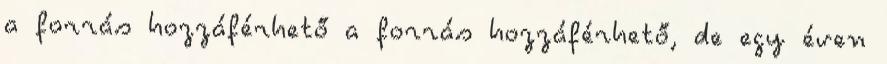
a forrás hozzáférhető a forrás hozzáférhető, de egy éven